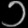
Digit: ၁